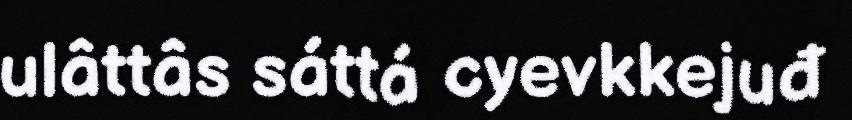
ulâttâs sáttá cyevkkejuđ